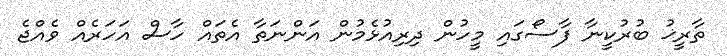
ތާރީޚު ބުރުކީނާ ފާސޯގައި މީހުން ދިރިއުޅެމުން އަންނަތާ އެތައް ހާސް އަހަރެއް ވެއްޖެ